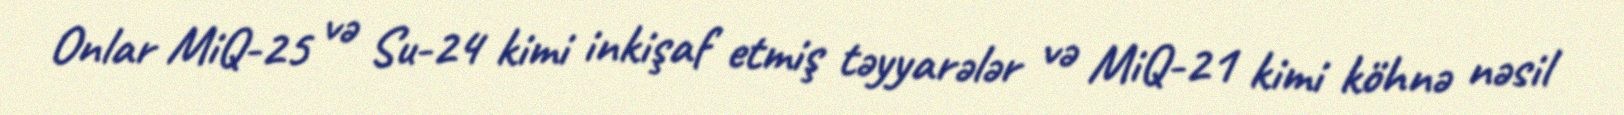
Onlar MiQ-25 və Su-24 kimi inkişaf etmiş təyyarələr və MiQ-21 kimi köhnə nəsil